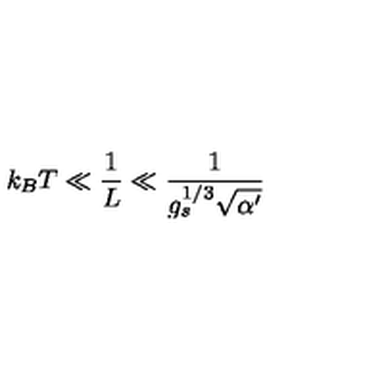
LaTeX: k _ { B } T \ll \frac { 1 } { L } \ll \frac { 1 } { g _ { s } ^ { 1 / 3 } \sqrt { \alpha ^ { \prime } } }